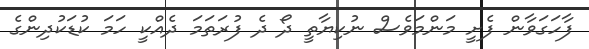
ފާހަގަވާން ފެށީ މަންމަވެސް ނުކިޔާތީ ދޯ ދެ ފުރަތަމަ ދެއްކީ ހަމަ ކުޑަކުދިންގެ